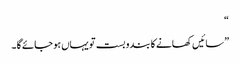
“
”سائیں کھانے کا بندو بست تو یہاں ہو جائے گا ۔